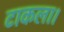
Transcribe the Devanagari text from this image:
टाकला।